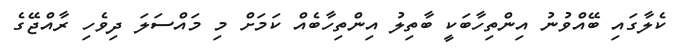
ކެލާގައި ބޭއްވުނު އިންތިހާބަކީ ބާތިލު އިންތިހާބެއް ކަމަށް މި މައްސަލަ ދިވެހި ރާއްޖޭގެ